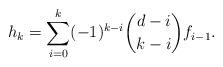
LaTeX: \begin{align*} h_k=\sum_{i=0}^{k}(-1)^{k-i}\binom{d-i}{k-i} f_{i-1}. \end{align*}